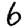
Digit: 6